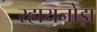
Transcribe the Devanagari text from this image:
र्‍हायनोझ